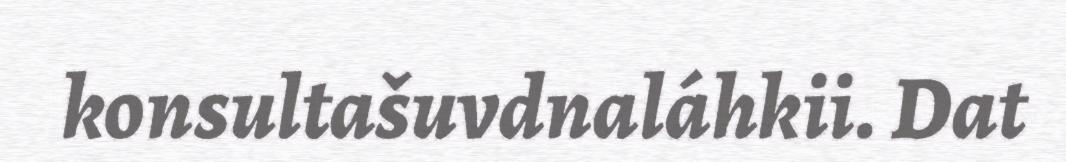
konsultašuvdnaláhkii. Dat